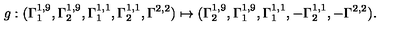
g : ( \Gamma _ { 1 } ^ { 1 , 9 } , \Gamma _ { 2 } ^ { 1 , 9 } , \Gamma _ { 1 } ^ { 1 , 1 } , \Gamma _ { 2 } ^ { 1 , 1 } , \Gamma ^ { 2 , 2 } ) \mapsto ( \Gamma _ { 2 } ^ { 1 , 9 } , \Gamma _ { 1 } ^ { 1 , 9 } , \Gamma _ { 1 } ^ { 1 , 1 } , - \Gamma _ { 2 } ^ { 1 , 1 } , - \Gamma ^ { 2 , 2 } ) .